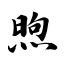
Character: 煦